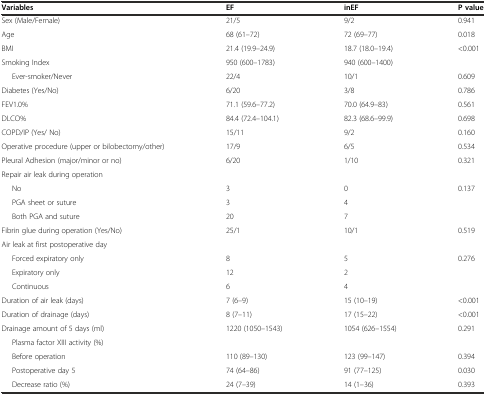
| Variables | EF | inEF | P value |
 | --- | --- | --- | --- |
 | Sex (Male/Female) | 21/5 | 9/2 | 0.941 |
 | Age | 68 (61–72) | 72 (69–77) | 0.018 |
 | BMI | 21.4 (19.9–24.9) | 18.7 (18.0–19.4) | <0.001 |
 | Smoking Index | 950 (600–1783) | 940 (600–1400) |  |
 | Ever-smoker/Never | 22/4 | 10/1 | 0.609 |
 | Diabetes (Yes/No) | 6/20 | 3/8 | 0.786 |
 | FEV1.0% | 71.1 (59.6–77.2) | 70.0 (64.9–83) | 0.561 |
 | DLCO% | 84.4 (72.4–104.1) | 82.3 (68.6–99.9) | 0.698 |
 | COPD/IP (Yes/ No) | 15/11 | 9/2 | 0.160 |
 | Operative procedure (upper or bilobectomy/other) | 17/9 | 6/5 | 0.534 |
 | Pleural Adhesion (major/minor or no) | 6/20 | 1/10 | 0.321 |
 | Repair air leak during operation |  |  |  |
 | No | 3 | 0 | 0.137 |
 | PGA sheet or suture | 3 | 4 |  |
 | Both PGA and suture | 20 | 7 |  |
 | Fibrin glue during operation (Yes/No) | 25/1 | 10/1 | 0.519 |
 | Air leak at first postoperative day |  |  |  |
 | Forced expiratory only | 8 | 5 | 0.276 |
 | Expiratory only | 12 | 2 |  |
 | Continuous | 6 | 4 |  |
 | Duration of air leak (days) | 7 (6–9) | 15 (10–19) | <0.001 |
 | Duration of drainage (days) | 8 (7–11) | 17 (15–22) | <0.001 |
 | Drainage amount of 5 days (ml) | 1220 (1050–1543) | 1054 (626–1554) | 0.291 |
 | Plasma factor XIII activity (%) |  |  |  |
 | Before operation | 110 (89–130) | 123 (99–147) | 0.394 |
 | Postoperative day 5 | 74 (64–86) | 91 (77–125) | 0.030 |
 | Decrease ratio (%) | 24 (7–39) | 14 (1–36) | 0.393 |